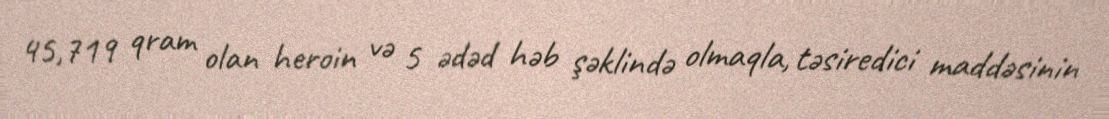
45,719 qram olan heroin və 5 ədəd həb şəklində olmaqla, təsiredici maddəsinin